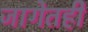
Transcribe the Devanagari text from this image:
जागेतही